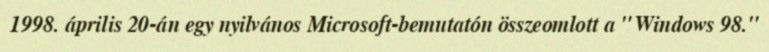
1998. április 20-án egy nyilvános Microsoft-bemutatón összeomlott a "Windows 98."